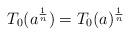
LaTeX: \begin{align*}T_0(a^{\frac{1}{n}})=T_0(a)^{\frac{1}{n}}\end{align*}